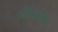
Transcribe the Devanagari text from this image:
नीलाभृंग